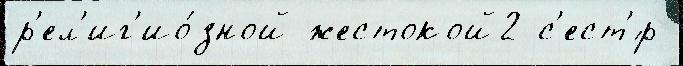
р'ел'иг'ио́зной жестокой2 с'ест'́р